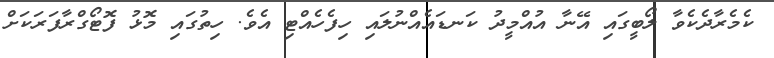
ކެމެރާދެކެވާ ލޯބީގައި އޭނާ އުއްމީދު ކަނޑައެއްނުލައި ހިފެހެއްޓި އެވެ. ހިތުގައި މޮޅު ފޮޓޯގްރާފަރަކަށް